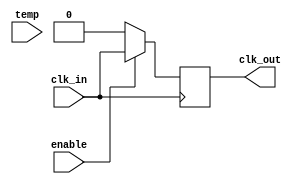
module temp_comp_clock_buffer (
    input wire clk_in,         // Input clock signal
    input wire [7:0] temp,     // Temperature input (8-bit digital value)
    input wire enable,         // Enable signal for power management
    output reg clk_out         // Buffered output clock signal
);

    // Parameters for compensation (example values, adjust as needed)
    parameter BASE_DELAY = 2;  // Base delay in time units
    parameter TEMP_SENSITIVITY = 1; // Sensitivity for temperature adjustment
    parameter MAX_DELAY_ADJ = 5; // Max adjustment in time units

    reg [3:0] delay;           // Delay adjustment based on temperature
    reg [3:0] adjusted_delay;  // Final adjusted delay

    // Clock generation logic
    always @(posedge clk_in) begin
        if (enable) begin
            // Adjust delay based on temperature
            delay = (temp * TEMP_SENSITIVITY) > MAX_DELAY_ADJ ? MAX_DELAY_ADJ : (temp * TEMP_SENSITIVITY);
            adjusted_delay = BASE_DELAY + delay;

            // Generate the buffered clock with adjusted delay
            clk_out <= #adjusted_delay clk_in;
        end else begin
            // If not enabled, drive output low
            clk_out <= 1'b0;
        end
    end

endmodule